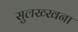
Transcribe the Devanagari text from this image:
सुलख्खना